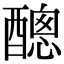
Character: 𨢨